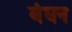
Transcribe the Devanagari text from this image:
बंघन